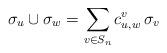
LaTeX: \begin{align*}\sigma_u \cup \sigma_w = \sum_{v\in S_n} c_{u,w}^v\,\sigma_{v}\end{align*}